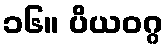
၁၆။ ပိယဝဂ္ဂ